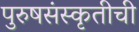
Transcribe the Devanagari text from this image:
पुरुषसंस्कृतीची